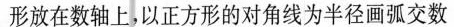
形放在数轴上，以正方形的对角线为半径画弧交数